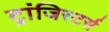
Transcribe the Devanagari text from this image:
ट्रांजिस्टर्स